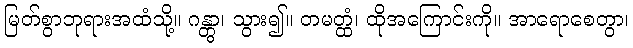
မြတ်စွာဘုရားအထံသို့။ ဂန္တွာ၊ သွား၍။ တမတ္ထံ၊ ထိုအကြောင်းကို။ အာရောစေတွာ၊